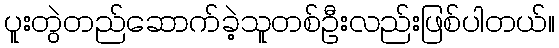
ပူးတွဲတည်ဆောက်ခဲ့သူတစ်ဦးလည်းဖြစ်ပါတယ်။